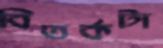
বিতর্কটা